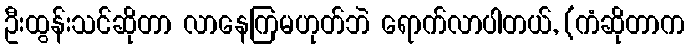
ဦးထွန်းသင်ဆိုတာ လာနေကြမဟုတ်ဘဲ ရောက်လာပါတယ်, (ကံဆိုတာက